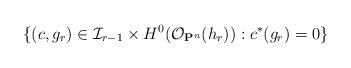
LaTeX: \begin{align*}\{ (c, g_r)\in \mathcal I_{r-1}\times H^0(\mathcal O_{\mathbf P^n}(h_r)): c^\ast (g_r)=0\}\end{align*}